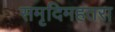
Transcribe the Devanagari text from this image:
समृदिमहतरा